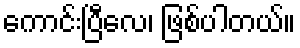
ကောင်းပြီလေ၊ ဖြစ်ပါတယ်။